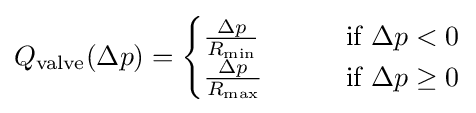
Q_{\mathrm {valve} }(\Delta p)={\begin{cases}{\frac {\Delta p}{R_{\mathrm {min} }}}\qquad &{\text{if }}\Delta p<0\\{\frac {\Delta p}{R_{\mathrm {max} }}}\qquad &{\text{if }}\Delta p\geq 0\end{cases}}